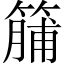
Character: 䈻